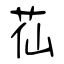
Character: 苮